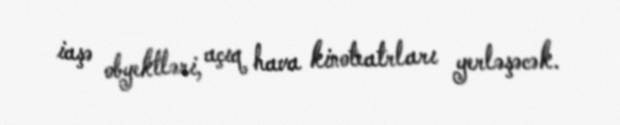
iaşə obyektləri, açıq hava kinoteatrları yerləşəcək.